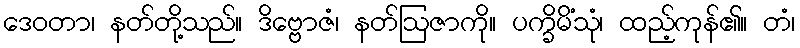
ဒေဝတာ၊ နတ်တို့သည်။ ဒိဗ္ဗောဇံ၊ နတ်ဩဇာကို။ ပက္ခိမိံသုံ၊ ထည့်ကုန်၏။ တံ၊